Report on vaccination in Madras 1895-1903 - 1895-1903
Year: 1895
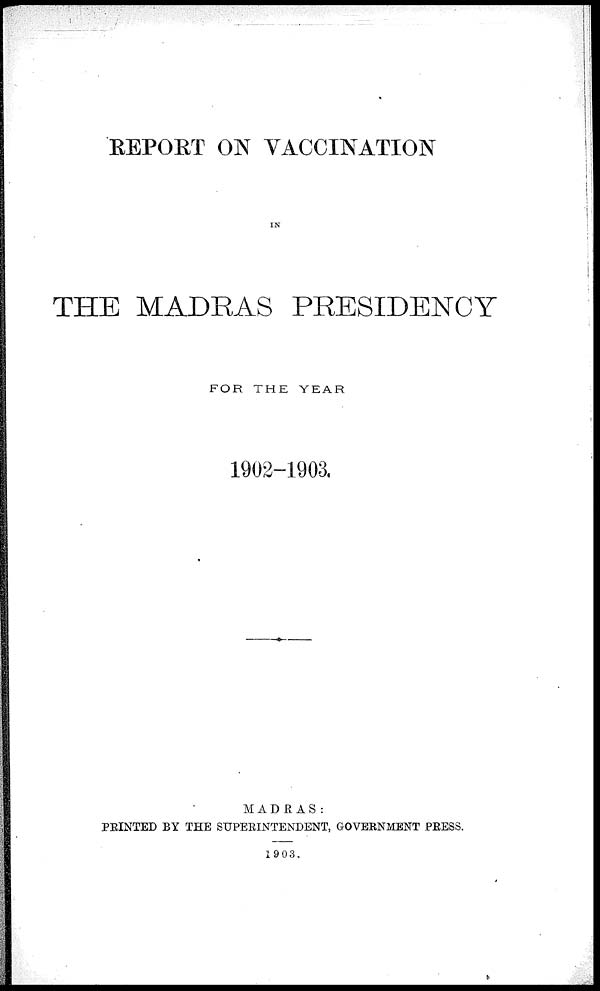
REPORT ON VACCINATION
IN
THE MADRAS PRESIDENCY
FOR THE YEAR
1902-1903.
MADRAS:
PRINTED BY THE SUPERINTENDENT, GOVERNMENT PRESS.
1903.